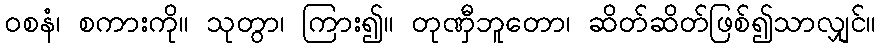
ဝစနံ၊ စကားကို။ သုတွာ၊ ကြား၍။ တုဏှီဘူတော၊ ဆိတ်ဆိတ်ဖြစ်၍သာလျှင်။